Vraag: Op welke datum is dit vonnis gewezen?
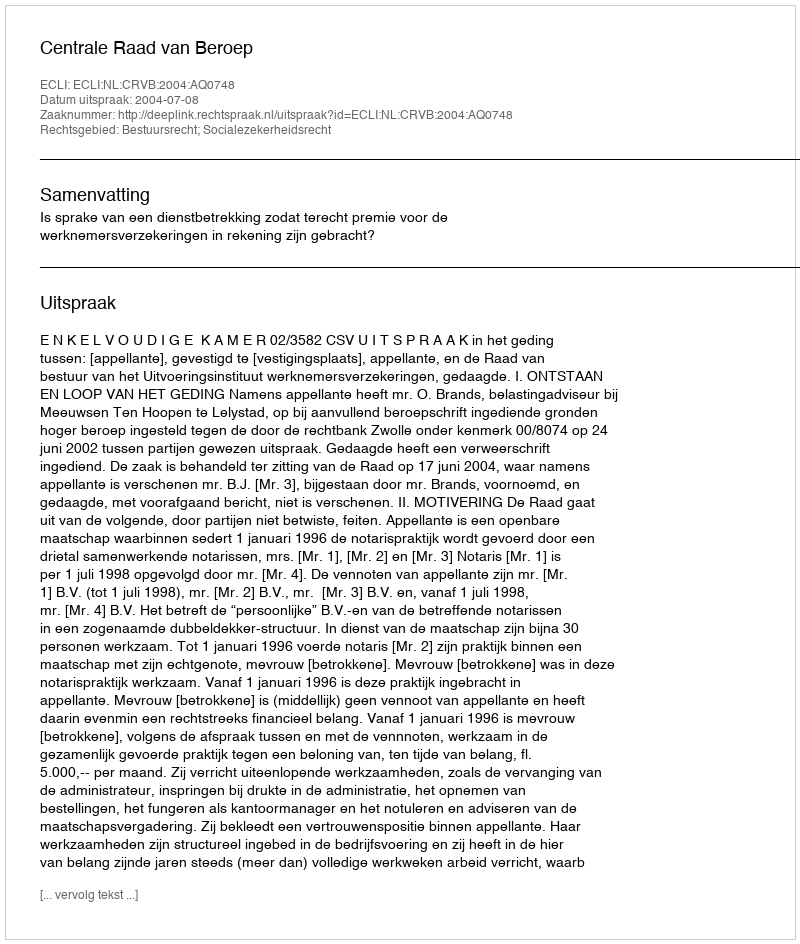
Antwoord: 2004-07-08